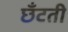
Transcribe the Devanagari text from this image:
छँटती